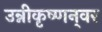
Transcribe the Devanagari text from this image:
उन्नीकृष्णन्‌वर